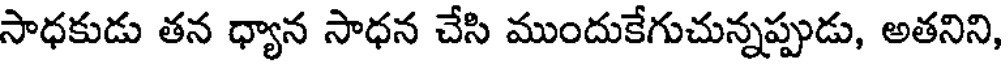
సాధకుడు తన ధ్యాన సాధన చేసి ముందుకేగుచున్నప్పుడు, అతనిని,